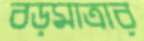
বড়মাত্রার